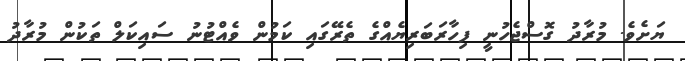
ޔަށެވެ. މުރާދު ގޮސްޖެހުނީ ފިހާރަބަރިޔެއްގެ ތެރޭގައި ކަމުން ވެއްޓުނު ސައިކަލް ތަކުން މުރާދު